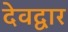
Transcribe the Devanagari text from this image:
देवद्वार